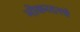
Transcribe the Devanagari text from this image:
भोकरदनचे